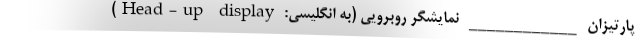
پارتیزان ____________ نمایشگر روبرویی (به انگلیسی: Head-up display)